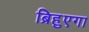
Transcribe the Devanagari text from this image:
ब्रिहुएगा